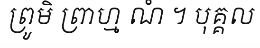
ព្រូមិ ព្រាហ្ម ណំ ។ បុគ្គល